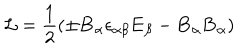
{ \cal L } = { \frac { 1 } { 2 } } { ( { \pm \bf B _ { \alpha } } { \epsilon _ { { \alpha } { \beta } } } { \bf E _ { \beta } } - { \bf B } _ { \alpha } { \bf B } _ { \alpha } ) }